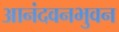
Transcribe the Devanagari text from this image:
आनंदवनभुवन